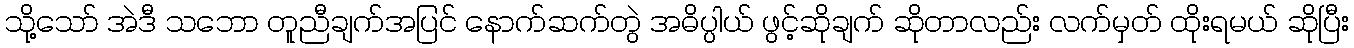
သို့သော် အဲဒီ သဘော တူညီချက်အပြင် နောက်ဆက်တွဲ အဓိပ္ပါယ် ဖွင့်ဆိုချက် ဆိုတာလည်း လက်မှတ် ထိုးရမယ် ဆိုပြီး